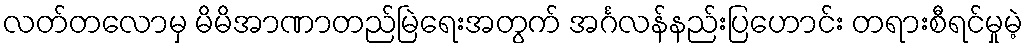
လတ်တလောမှ မိမိအာဏာတည်မြဲရေးအတွက် အင်္ဂလန်နည်းပြဟောင်း တရားစီရင်မှုမဲ့